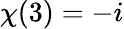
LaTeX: \chi(3)=-i